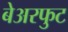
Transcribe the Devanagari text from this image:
बेअरफुट